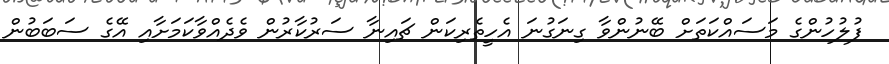
ފުލުހުންގެ މަސައްކަތަށް ބޭނުންވާ ގިނަގުނަ އެހީތެރިކަން ޗައިނާ ސަރުކާރުން ވެދެއްވާކަމަށާއި އޭގެ ސަބަބުން